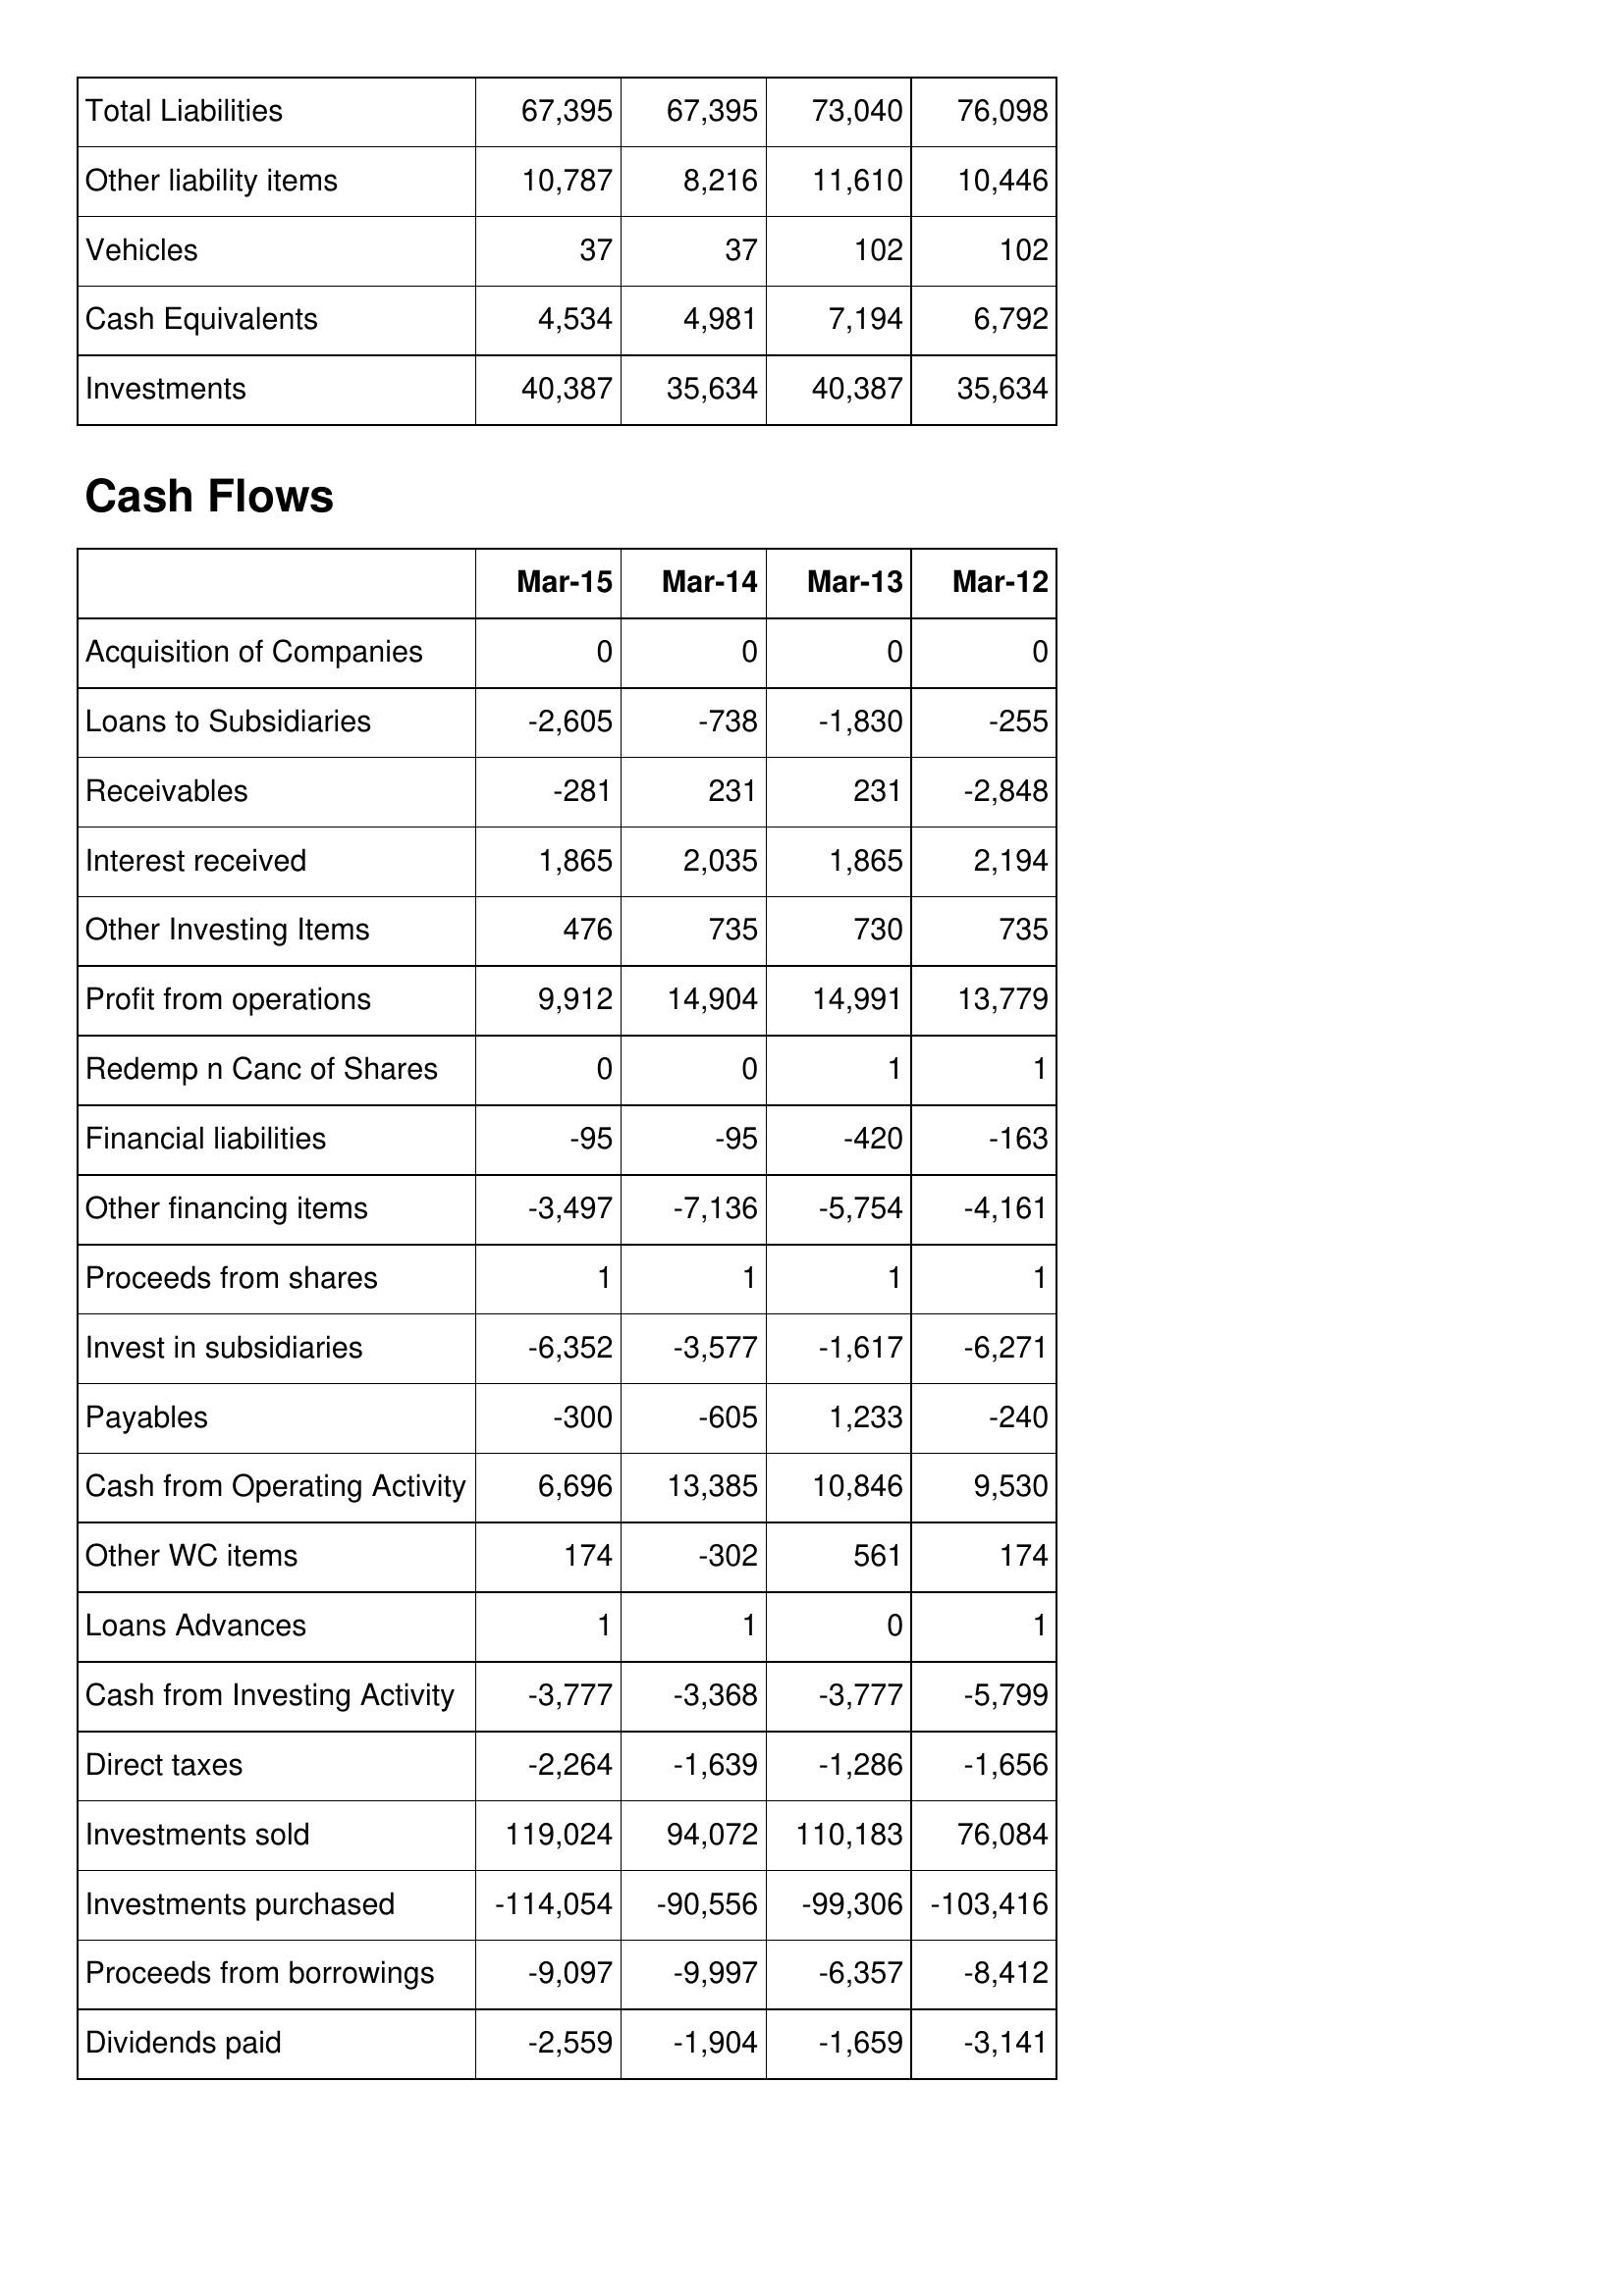
Mar-15: Balance Sheet: Total Liabilities: 67,395
Other liability items: 10,787
Vehicles: 37
Cash Equivalents: 4,534
Investments: 40,387
Cash Flows: Acquisition of Companies: 0
Loans to Subsidiaries: -2,605
Receivables: -281
Interest received: 1,865
Other Investing Items: 476
Profit from operations: 9,912
Redemp n Canc of Shares: 0
Financial liabilities: -95
Other financing items: -3,497
Proceeds from shares: 1
Invest in subsidiaries: -6,352
Payables: -300
Cash from Operating Activity: 6,696
Other WC items: 174
Loans Advances: 1
Cash from Investing Activity: -3,777
Direct taxes: -2,264
Investments sold: 119,024
Investments purchased: -114,054
Proceeds from borrowings: -9,097
Dividends paid: -2,559
Mar-14: Balance Sheet: Total Liabilities: 67,395
Other liability items: 8,216
Vehicles: 37
Cash Equivalents: 4,981
Investments: 35,634
Cash Flows: Acquisition of Companies: 0
Loans to Subsidiaries: -738
Receivables: 231
Interest received: 2,035
Other Investing Items: 735
Profit from operations: 14,904
Redemp n Canc of Shares: 0
Financial liabilities: -95
Other financing items: -7,136
Proceeds from shares: 1
Invest in subsidiaries: -3,577
Payables: -605
Cash from Operating Activity: 13,385
Other WC items: -302
Loans Advances: 1
Cash from Investing Activity: -3,368
Direct taxes: -1,639
Investments sold: 94,072
Investments purchased: -90,556
Proceeds from borrowings: -9,997
Dividends paid: -1,904
Mar-13: Balance Sheet: Total Liabilities: 73,040
Other liability items: 11,610
Vehicles: 102
Cash Equivalents: 7,194
Investments: 40,387
Cash Flows: Acquisition of Companies: 0
Loans to Subsidiaries: -1,830
Receivables: 231
Interest received: 1,865
Other Investing Items: 730
Profit from operations: 14,991
Redemp n Canc of Shares: 1
Financial liabilities: -420
Other financing items: -5,754
Proceeds from shares: 1
Invest in subsidiaries: -1,617
Payables: 1,233
Cash from Operating Activity: 10,846
Other WC items: 561
Loans Advances: 0
Cash from Investing Activity: -3,777
Direct taxes: -1,286
Investments sold: 110,183
Investments purchased: -99,306
Proceeds from borrowings: -6,357
Dividends paid: -1,659
Mar-12: Balance Sheet: Total Liabilities: 76,098
Other liability items: 10,446
Vehicles: 102
Cash Equivalents: 6,792
Investments: 35,634
Cash Flows: Acquisition of Companies: 0
Loans to Subsidiaries: -255
Receivables: -2,848
Interest received: 2,194
Other Investing Items: 735
Profit from operations: 13,779
Redemp n Canc of Shares: 1
Financial liabilities: -163
Other financing items: -4,161
Proceeds from shares: 1
Invest in subsidiaries: -6,271
Payables: -240
Cash from Operating Activity: 9,530
Other WC items: 174
Loans Advances: 1
Cash from Investing Activity: -5,799
Direct taxes: -1,656
Investments sold: 76,084
Investments purchased: -103,416
Proceeds from borrowings: -8,412
Dividends paid: -3,141